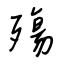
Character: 殤